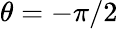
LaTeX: \theta=-\pi/2